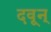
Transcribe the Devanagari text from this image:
दवून्